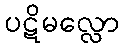
ပဋိမလ္လော